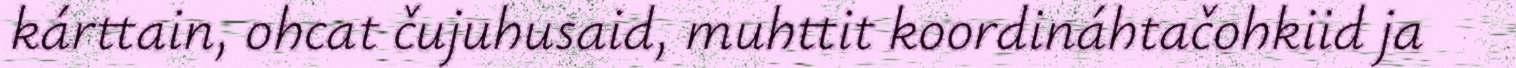
kárttain, ohcat čujuhusaid, muhttit koordináhtačohkiid ja